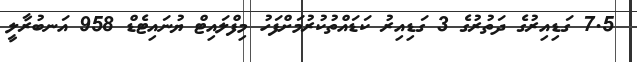
7.5 ގަޑިއިރުގެ ދަތުރުގެ 3 ގަޑިއިރު ކަޑައްތުކުރުމަށްފަހު މިފްލައިޓް ޔުނައިޓެޑް 958 އަނބުރާލީ